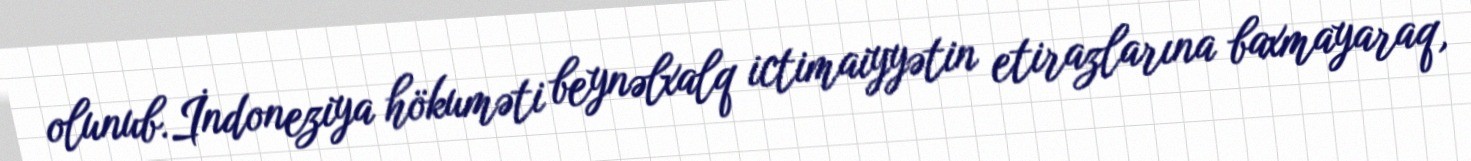
olunub.İndoneziya hökuməti beynəlxalq ictimaiyyətin etirazlarına baxmayaraq,